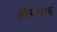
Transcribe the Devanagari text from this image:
लेस्नार